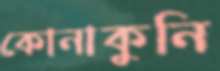
কোনাকুনি